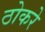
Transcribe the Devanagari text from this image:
ठोकरे